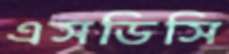
এসডিসি